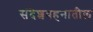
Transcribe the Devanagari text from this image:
संदेशवहनातील